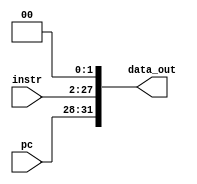
`timescale 1ns / 1ps

module Connector(
    input [3:0] pc,
    input [25:0] instr,
    output [31:0] data_out
);

    assign data_out = {pc, instr, 2'b00};
    
endmodule